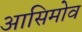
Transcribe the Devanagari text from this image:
आसिमोव